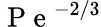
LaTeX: \mathrm{~P~e~}^{-2/3}